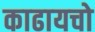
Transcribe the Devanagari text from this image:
काढायचो